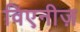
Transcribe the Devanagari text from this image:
विएनीज़